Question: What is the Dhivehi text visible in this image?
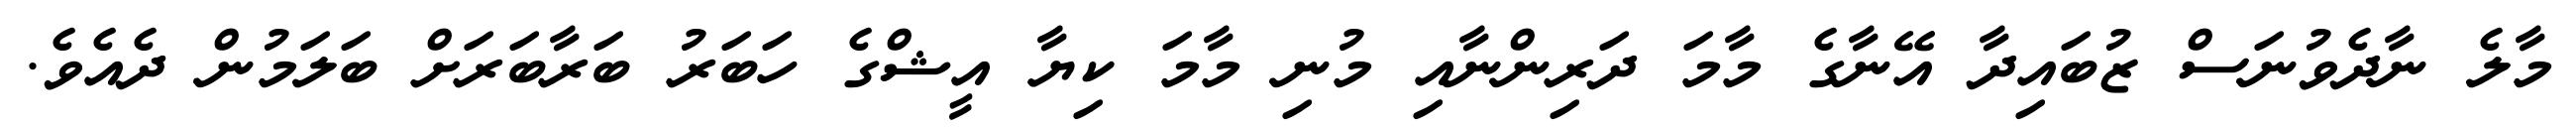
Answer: މާލެ ނާދެވުނަސް ޒުބައިދާ އޭނާގެ މާމަ ދަރިންނާއި މުނި މާމަ ކިޔާ އީޝްގެ ހަބަރު ބަރާބަރަށް ބަލަމުން ދެއެވެ.